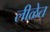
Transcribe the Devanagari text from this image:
लीळेत